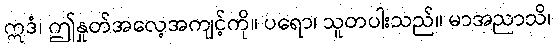
ဣဒံ၊ ဤနှုတ်အလေ့အကျင့်ကို။ ပရော၊ သူတပါးသည်။ မာအညာသိ၊